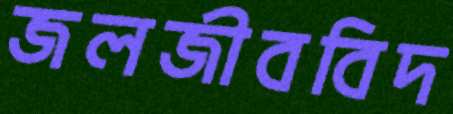
জলজীববিদ